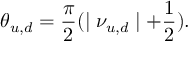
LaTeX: \theta _ { u , d } = \frac { \pi } { 2 } ( \mid \nu _ { u , d } \mid + \frac { 1 } { 2 } ) .